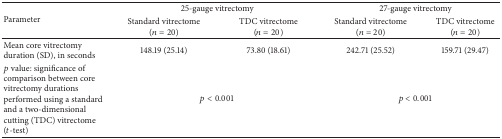
<table><thead><tr><td rowspan="2"><b>Parameter</b></td><td colspan="2"><b>25-gauge vitrectomy</b></td><td colspan="2"><b>27-gauge vitrectomy</b></td></tr><tr><td><b>Standard vitrectome (<i>n</i> = 20)</b></td><td><b>TDC vitrectome (<i>n</i> = 20)</b></td><td><b>Standard vitrectome (<i>n</i> = 20)</b></td><td><b>TDC vitrectome (<i>n</i> = 20)</b></td></tr></thead><tbody><tr><td>Mean core vitrectomy duration (SD), in seconds</td><td>148.19 (25.14)</td><td>73.80 (18.61)</td><td>242.71 (25.52)</td><td>159.71 (29.47)</td></tr><tr><td><i>p</i> value: significance of comparison between core vitrectomy durations performed using a standard and a two-dimensional cutting (TDC) vitrectome (<i>t</i>-test)</td><td colspan="2"><i>p</i> &lt; 0.001</td><td colspan="2"><i>p</i> &lt; 0.001</td></tr></tbody></table>